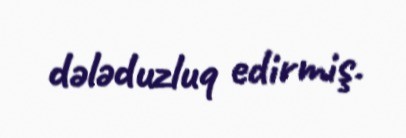
dələduzluq edirmiş.